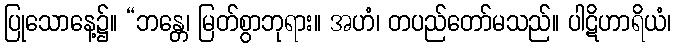
ပြုသောနေ့၌။ “ဘန္တေ၊ မြတ်စွာဘုရား။ အဟံ၊ တပည်တော်မသည်။ ပါဋိဟာရိယံ၊